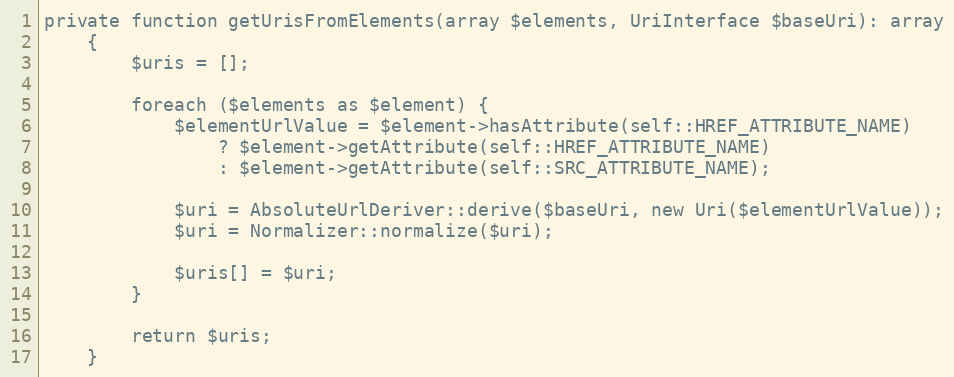
Language: PHP
private function getUrisFromElements(array $elements, UriInterface $baseUri): array
    {
        $uris = [];

        foreach ($elements as $element) {
            $elementUrlValue = $element->hasAttribute(self::HREF_ATTRIBUTE_NAME)
                ? $element->getAttribute(self::HREF_ATTRIBUTE_NAME)
                : $element->getAttribute(self::SRC_ATTRIBUTE_NAME);

            $uri = AbsoluteUrlDeriver::derive($baseUri, new Uri($elementUrlValue));
            $uri = Normalizer::normalize($uri);

            $uris[] = $uri;
        }

        return $uris;
    }